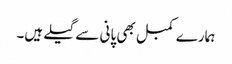
ہمارے کمبل بھی پانی سے گیلے ہیں۔